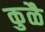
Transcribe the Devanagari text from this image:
कुळै